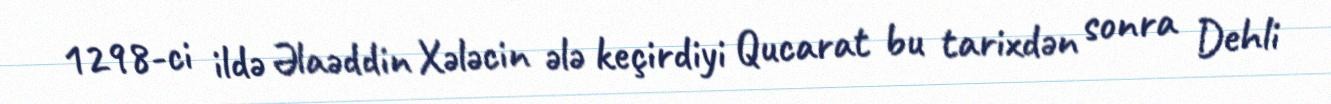
1298-ci ildə Əlaəddin Xələcin ələ keçirdiyi Qucarat bu tarixdən sonra Dehli